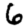
Digit: 6